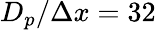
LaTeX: D_{p}/\Delta x=32